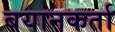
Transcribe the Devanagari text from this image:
बयानकर्ता